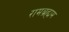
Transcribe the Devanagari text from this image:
रामब्रह्मम